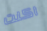
اكنت